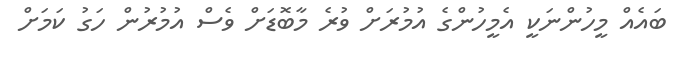
ބައެއް މީހުންނަކީ އެމީހުންގެ އުމުރަށް ވުރެ މާބޮޑަށް ވެސް އުމުރުން ހަގު ކަމަށް